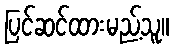
ပြင်ဆင်ထားမည့်သူ။